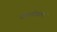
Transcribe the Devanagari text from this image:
फर्लांगावर